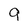
Character: 9